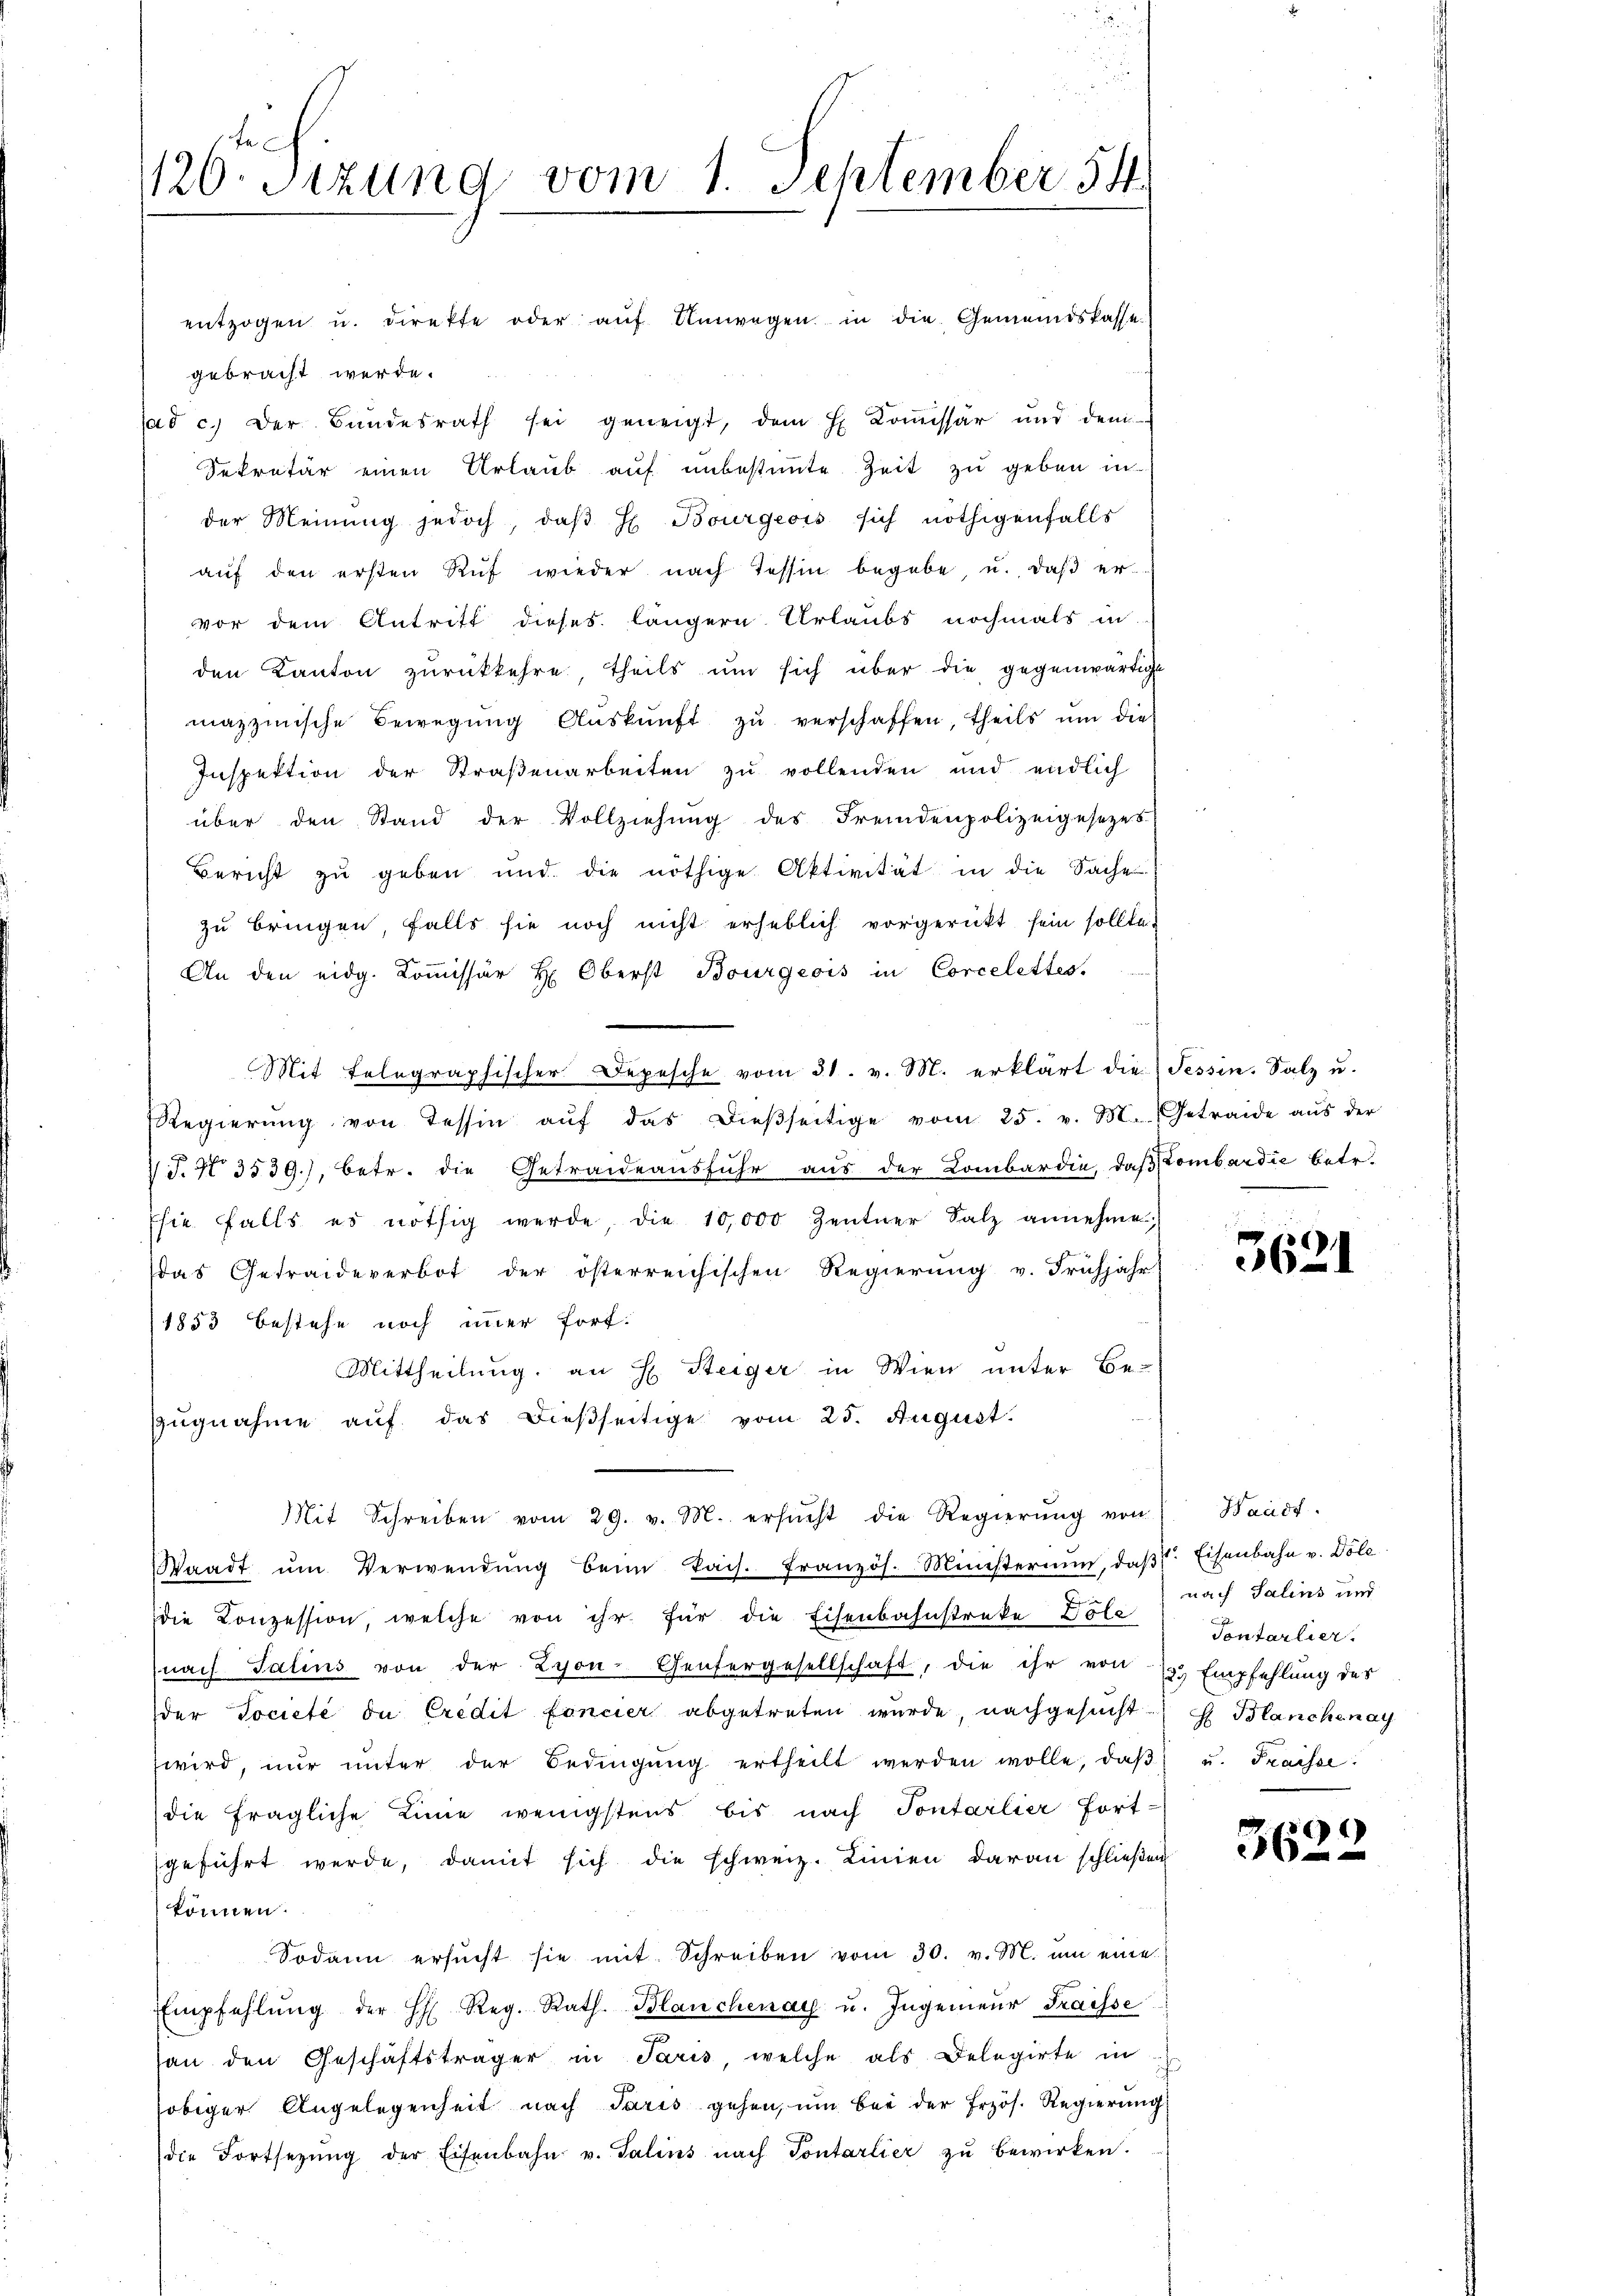
120. Sitzung vom 1. September 54

entzogen u. direkte oder aŭf Umwegen in die Gemeindskasse
gebracht werde.
ad c. der Bundesrath sei geneigt, dem H. Commissär und dem
Sekretär einen Urlaub auf unbestimmte Zeit zu geben in
der Meinŭng jedoch, daβ H Bourgeois sich nöthigenfalls
aŭf den ersten Rŭf wieder nach Tessin begebe, u. daβ er-
vor dem Antritt dieses längern Urlaubs nochmals in
den Kanton zŭrückkehre, theils ŭm sich über die gegenwärtigt
mazzmische Bewegung Aŭskŭnft zŭ verschaffen, theils ŭm dies
Inspektion der Straßenarbeiten zu vollenden und endlich
über den Stand der Vollziehung des Fremdenpolizeigesezes-
Bericht zŭ geben und die nöthige Aktivität in die Sache
zu bringen, falls sie noch nicht erheblich vorgerückt sein sollte.
An den eidg. Kommissär H: Oberst Bourgeois in Corcelettes.
Mit telegraphischer Depesche vom 31. v. M. erklärt die Tessin, Salz u.
Regierŭng von Tessin aŭf das dieβseitige vom 25. v. M. Getraide aŭs der
T.N 3539), betr. die Getraideausfuhr aus der Lombardie, daß Lombardie betr.
Esie falls es nöthig werde, die 10,000 Zentner Salz annehme,
das Getraideverbot der österreichischen Regierŭng v. Frühjahr
1853 bestehe noch immer fort:
Mittheilung an H. Steiger in Wien unter Be-
zugnahme auf das dießseitige vom 25. August.
Mit Schreiben vom 29. v. M. ersŭcht die Regierŭng von
Waadt ŭm Verwendŭng beim kais. Französ. Ministerium, daβ Eisenbahn v. Dole
die Konzession, welche von ihr für die Eisenbahnstreke Hola
nach Salins von der Lyon- Genfergesellschaft, die ihr von 12 Empfehlung des
der Societé de Credit foncier abgetreten wurde, nachgesucht
wird, nŭr ŭnter der Bedingŭng ertheilt werden wolle, daβ u. Fraisse.
(die fragliche Linie wenigstens bis nach Pontarlier Fort-
geführt werde, damit sich die schweiz. Linien daran schließen
können.
Sodann ersŭcht sie mit Schreiben vom 30. v. M. ŭm eine
Empfehlŭng der H. Reg. Rath. Blanchenay u. Ingenieŭr Fraisse
an den Geschäftsträger in Paris welche als Delegirte in
obiger Angelegenheit nach Paris gehen, ŭm bei der Frzös. Regierŭng
die Fortsetzŭng der Eisenbahn v. Talins nach Pontarlier zŭ bewirken.

3621

Waadt.
nach Salins und
Tontarlier.
H Blanchenay

61)
36